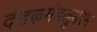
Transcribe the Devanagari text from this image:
दंडकमंडलुधरम